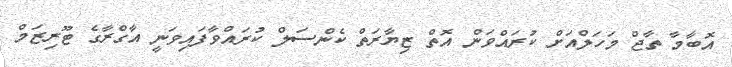
އޮބާމާ ތާޖް މަހަލްއަށް ކުރައްވަން އޮތް ޒިޔާރަތް ކެންސަލް ކުރައްވާފައިވަނީ އާގްރާގެ ޓޫރިޒަމް